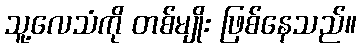
သူ့လေသံကို တစ်မျိုး ဖြစ်နေသည်။